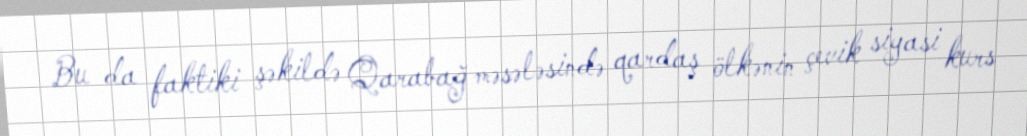
Bu da faktiki şəkildə Qarabağ məsələsində qardaş ölkənin çevik siyasi kurs